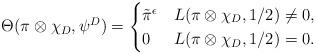
LaTeX: \begin{align*} \Theta(\pi\otimes \chi_D, \psi^D) = \begin{cases} \tilde{\pi}^{\epsilon} & L(\pi\otimes \chi_D,1/2) \neq 0,\\ 0 & L(\pi\otimes \chi_D,1/2) = 0. \end{cases} \end{align*}